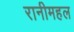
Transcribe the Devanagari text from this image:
रानीमहल